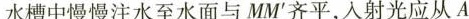
水槽中慢慢注水至水面与MM'齐平，入射光应从A